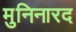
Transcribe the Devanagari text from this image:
मुनिनारद